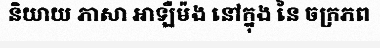
និយាយ ភាសា អាឡឺម៉ង នៅក្នុង នៃ ចក្រភព